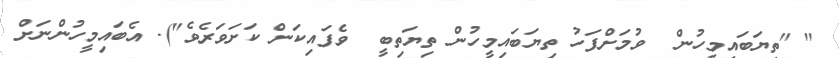
" "ތިޔަބައިމީހުން  ވުމަށްފަހު ތިޔަބައިމީހުން ތިޔަތިބީ  ވެފައިކަން ކަށަވަރެވެ"). އެބައިމީހުންނަށް